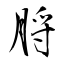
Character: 脟